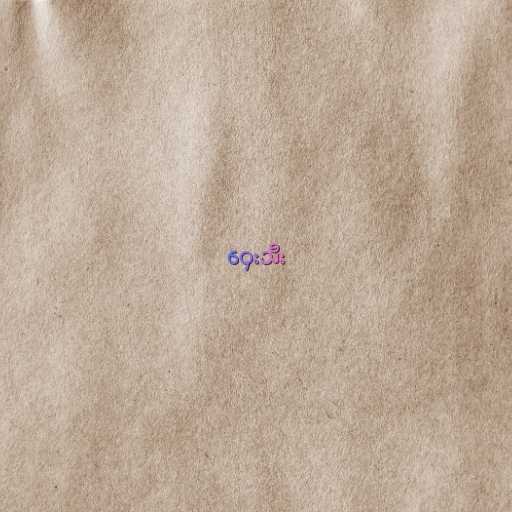
ဝှေးသီး